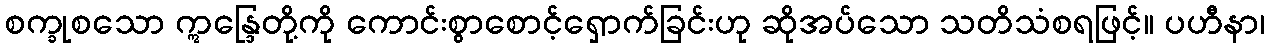
စက္ခုစသော ဣန္ဒြေတို့ကို ကောင်းစွာစောင့်ရှောက်ခြင်းဟု ဆိုအပ်သော သတိသံစရဖြင့်။ ပဟီနာ၊